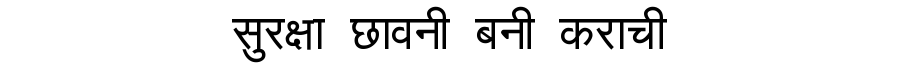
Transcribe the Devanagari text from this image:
सुरक्षा छावनी बनी कराची